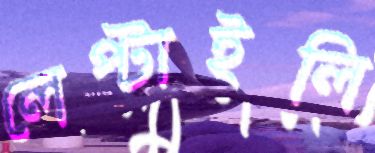
লেপ্‌টাইলি